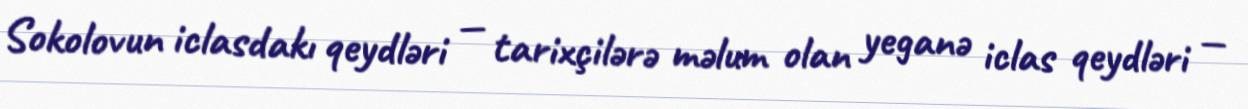
Sokolovun iclasdakı qeydləri — tarixçilərə məlum olan yeganə iclas qeydləri —